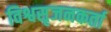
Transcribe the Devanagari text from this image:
विश्वसृजनकर्ता